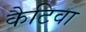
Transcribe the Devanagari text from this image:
कैटिवा